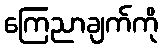
ကြေညာချက်ကို